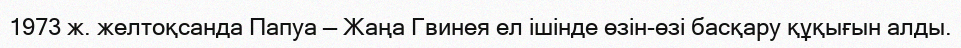
1973 ж. желтоқсанда Папуа — Жаңа Гвинея ел ішінде өзін-өзі басқару құқығын алды.